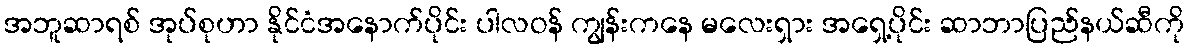
အဘူဆာရစ် အုပ်စုဟာ နိုင်ငံအနောက်ပိုင်း ပါလဝန် ကျွန်းကနေ မလေးရှား အရှေ့ပိုင်း ဆာဘာပြည်နယ်ဆီကို